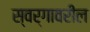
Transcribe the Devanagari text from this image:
स्वर्गावरील